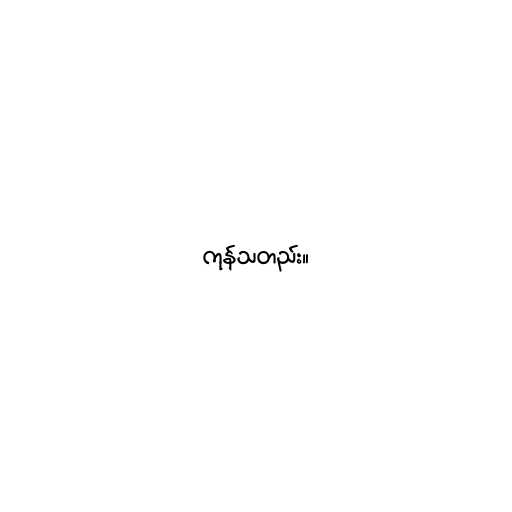
ကုန်သတည်း။